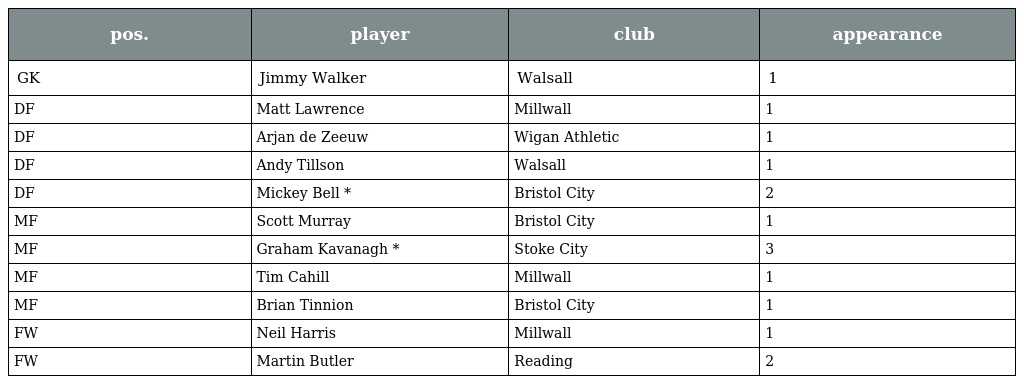
| pos. | player | club | appearance |
 | --- | --- | --- | --- |
 | GK | Jimmy Walker | Walsall | 1 |
 | DF | Matt Lawrence | Millwall | 1 |
 | DF | Arjan de Zeeuw | Wigan Athletic | 1 |
 | DF | Andy Tillson | Walsall | 1 |
 | DF | Mickey Bell * | Bristol City | 2 |
 | MF | Scott Murray | Bristol City | 1 |
 | MF | Graham Kavanagh * | Stoke City | 3 |
 | MF | Tim Cahill | Millwall | 1 |
 | MF | Brian Tinnion | Bristol City | 1 |
 | FW | Neil Harris | Millwall | 1 |
 | FW | Martin Butler | Reading | 2 |